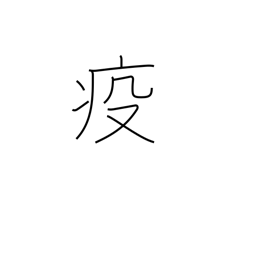
Meaning: epidemic